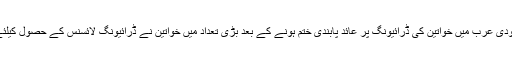
25 جون2018ء) سعودی عرب میں خواتین کی ڈرائیونگ پر عائد پابندی ختم ہونے کے بعد بڑی تعداد میں خواتین نے ڈرائیونگ لائسنس کے حصول کیلئے درخواستیں دے دیں۔